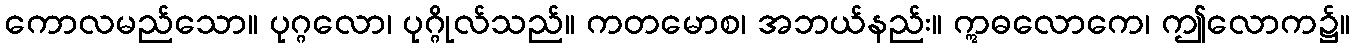
ကောလမည်သော။ ပုဂ္ဂလော၊ ပုဂ္ဂိုလ်သည်။ ကတမောစ၊ အဘယ်နည်း။ ဣဓလောကေ၊ ဤလောက၌။